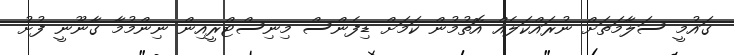
ގައުމީ ސަލާމަތަށް ނުރައްކަލެއް އޮތުމުން ކަމަށް ޑިފެންސް މިނިސްޓްރީއިން ނިންމުމާ ގާނޫނީ ފުށު